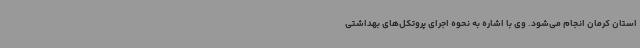
استان کرمان انجام می‌شود. وی با اشاره به نحوه اجرای پروتکل‌های بهداشتی